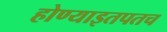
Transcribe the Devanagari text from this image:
होण्याइतपतच